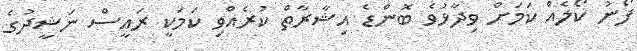
ފޯނު ކޯލެއް ކަމަށް ވިދާޅުވެ ބޮންޑެ އިޝާރާތް ކުރެއްވި ކަމަކީ ރައީސް ނަޝީދުގެ